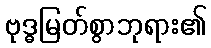
ဗုဒ္ဓမြတ်စွာဘုရား၏